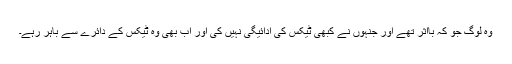
وہ لوگ جو کہ بااثر تھے اور جنہوں نے کبھی ٹیکس کی ادائیگی نہیں کی اور اب بھی وہ ٹیکس کے دائرے سے باہر رہے۔